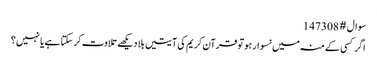
سوال # 147308
اگر کسی کے منہ میں نسوار ہو تو قرآن کریم کی آیتیں بلا دیکھے تلاوت کر سکتا ہے یا نہیں؟